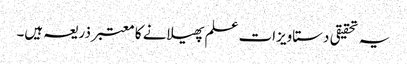
یہ تحقیقی دستاویزات علم پھیلانے کا معتبر ذریعہ ہیں۔